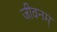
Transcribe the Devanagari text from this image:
जीवनम्‌